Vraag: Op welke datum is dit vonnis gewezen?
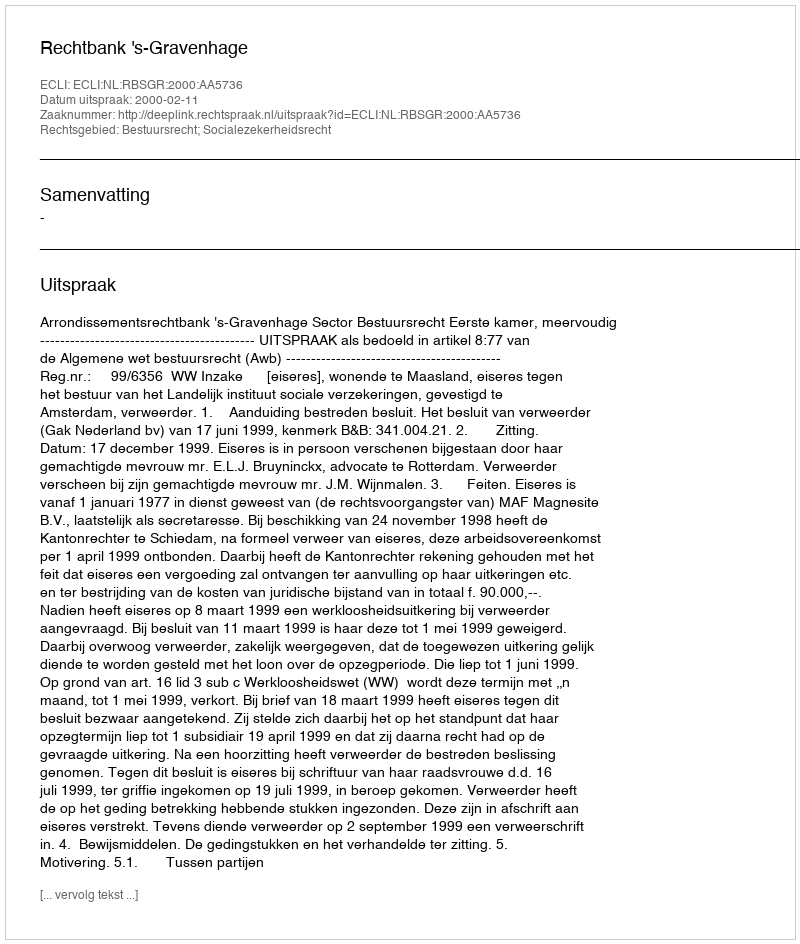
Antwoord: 2000-02-11